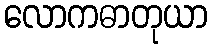
လောကဓာတုယာ